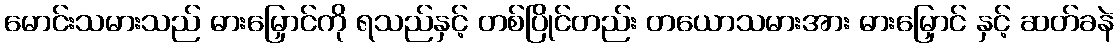
မောင်းသမားသည် ဓားမြှောင်ကို ရသည်နှင့် တစ်ပြိုင်တည်း တယောသမားအား ဓားမြှောင် နှင့် ဆတ်ခနဲ